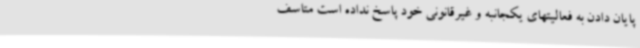
پایان دادن به فعالیتهای یکجانبه و غیرقانونی خود پاسخ نداده است متاسف